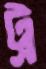
ট্র